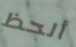
ألحظ